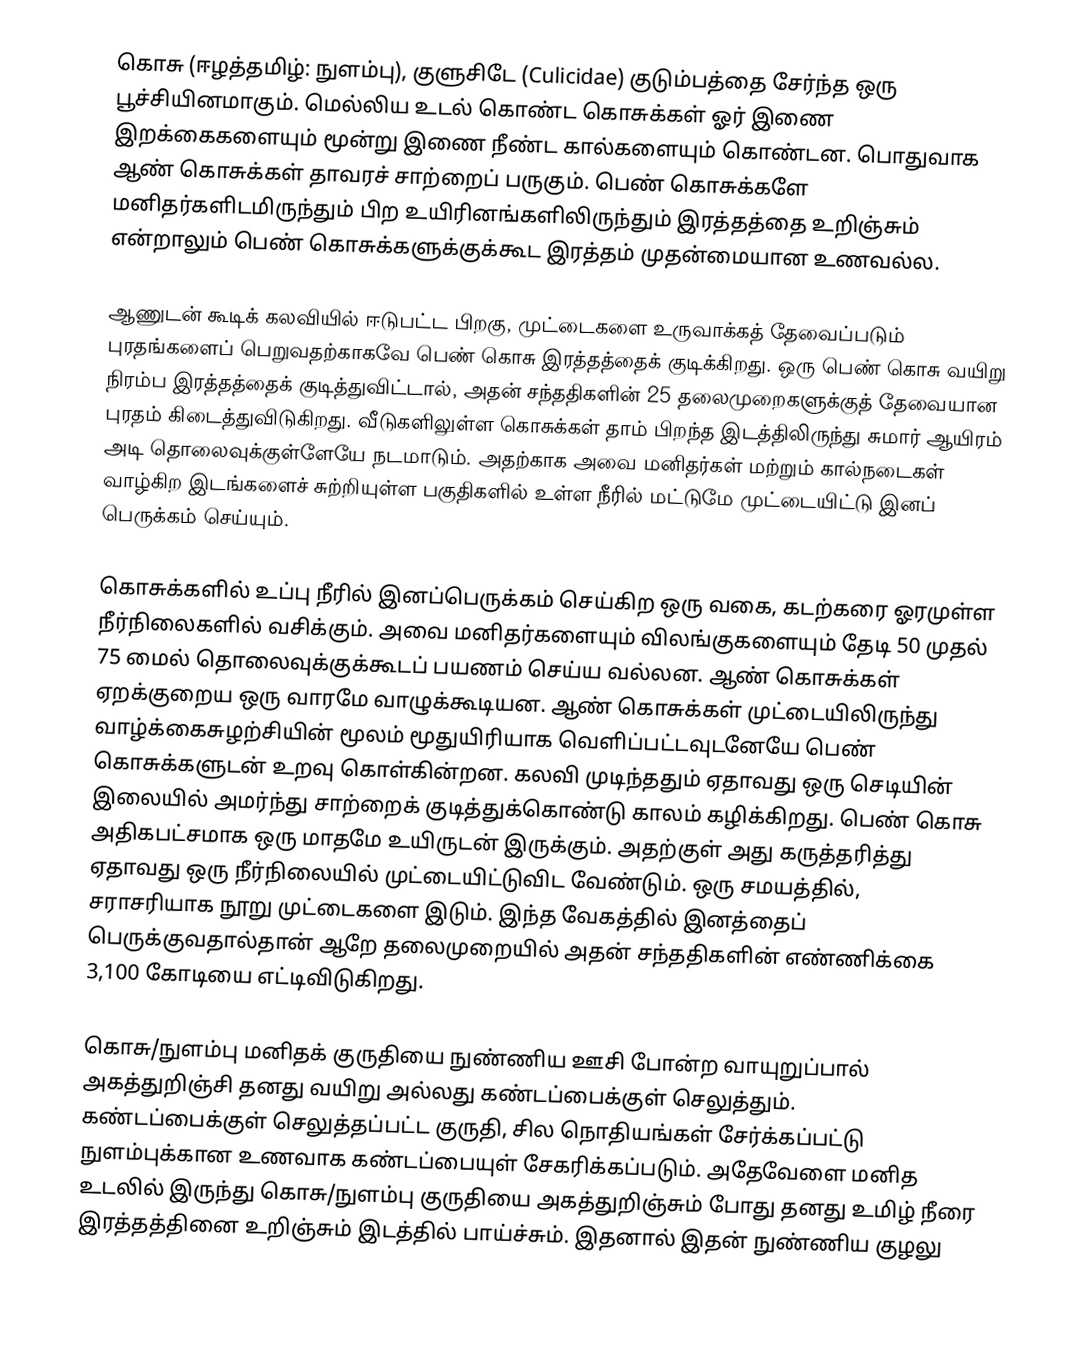
கொசு (ஈழத்தமிழ்: நுளம்பு), குளுசிடே (Culicidae) குடும்பத்தை சேர்ந்த ஒரு பூச்சியினமாகும். மெல்லிய உடல் கொண்ட கொசுக்கள் ஓர் இணை இறக்கைகளையும் மூன்று இணை நீண்ட கால்களையும் கொண்டன. பொதுவாக ஆண் கொசுக்கள் தாவரச் சாற்றைப் பருகும். பெண் கொசுக்களே மனிதர்களிடமிருந்தும் பிற உயிரினங்களிலிருந்தும் இரத்தத்தை உறிஞ்சும் என்றாலும் பெண் கொசுக்களுக்குக்கூட இரத்தம் முதன்மையான உணவல்ல.

ஆணுடன் கூடிக் கலவியில் ஈடுபட்ட பிறகு, முட்டைகளை உருவாக்கத் தேவைப்படும் புரதங்களைப் பெறுவதற்காகவே பெண் கொசு இரத்தத்தைக் குடிக்கிறது. ஒரு பெண் கொசு வயிறு நிரம்ப இரத்தத்தைக் குடித்துவிட்டால், அதன் சந்ததிகளின் 25 தலைமுறைகளுக்குத் தேவையான புரதம் கிடைத்துவிடுகிறது.  வீடுகளிலுள்ள கொசுக்கள் தாம் பிறந்த இடத்திலிருந்து சுமார் ஆயிரம் அடி தொலைவுக்குள்ளேயே நடமாடும். அதற்காக அவை மனிதர்கள் மற்றும் கால்நடைகள் வாழ்கிற இடங்களைச் சுற்றியுள்ள பகுதிகளில் உள்ள நீரில் மட்டுமே முட்டையிட்டு இனப் பெருக்கம் செய்யும்.

கொசுக்களில் உப்பு நீரில் இனப்பெருக்கம் செய்கிற ஒரு வகை, கடற்கரை ஓரமுள்ள நீர்நிலைகளில் வசிக்கும். அவை மனிதர்களையும் விலங்குகளையும் தேடி 50 முதல் 75 மைல் தொலைவுக்குக்கூடப் பயணம் செய்ய வல்லன. ஆண் கொசுக்கள் ஏறக்குறைய ஒரு வாரமே வாழுக்கூடியன. ஆண் கொசுக்கள் முட்டையிலிருந்து வாழ்க்கைசுழற்சியின் மூலம் மூதுயிரியாக வெளிப்பட்டவுடனேயே பெண் கொசுக்களுடன் உறவு கொள்கின்றன. கலவி முடிந்ததும் ஏதாவது ஒரு செடியின் இலையில் அமர்ந்து சாற்றைக் குடித்துக்கொண்டு காலம் கழிக்கிறது. பெண் கொசு அதிகபட்சமாக ஒரு மாதமே உயிருடன் இருக்கும். அதற்குள் அது கருத்தரித்து ஏதாவது ஒரு நீர்நிலையில் முட்டையிட்டுவிட வேண்டும். ஒரு சமயத்தில், சராசரியாக நூறு முட்டைகளை இடும். இந்த வேகத்தில் இனத்தைப் பெருக்குவதால்தான் ஆறே தலைமுறையில் அதன் சந்ததிகளின் எண்ணிக்கை 3,100 கோடியை எட்டிவிடுகிறது.

கொசு/நுளம்பு மனிதக் குருதியை நுண்ணிய ஊசி போன்ற வாயுறுப்பால் அகத்துறிஞ்சி தனது வயிறு அல்லது கண்டப்பைக்குள் செலுத்தும். கண்டப்பைக்குள் செலுத்தப்பட்ட குருதி, சில நொதியங்கள் சேர்க்கப்பட்டு நுளம்புக்கான உணவாக கண்டப்பையுள் சேகரிக்கப்படும். அதேவேளை மனித உடலில் இருந்து கொசு/நுளம்பு குருதியை அகத்துறிஞ்சும் போது தனது உமிழ் நீரை இரத்தத்தினை உறிஞ்சும் இடத்தில் பாய்ச்சும். இதனால் இதன் நுண்ணிய குழலு